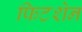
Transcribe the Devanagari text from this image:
फिटशेन